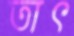
তাৎ